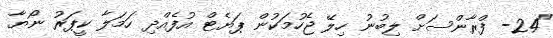
"24- ފްރާންސަށް ލިބުނު ހިލޭ ޖެހުމަކުން ޕަޔެޓް އުފެއްދި ހަމަލާ ކީޕަރު ނޯޔާ